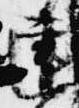
建